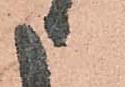
申